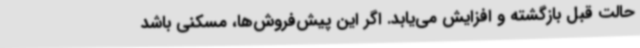
حالت قبل بازگشته و افزایش می‌یابد. اگر این پیش‌فروش‌ها، مسکنی باشد